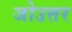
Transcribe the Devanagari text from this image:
जोउत्तर